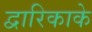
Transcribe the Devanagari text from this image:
द्वारिकाके